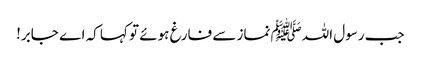
جب رسول اللہﷺ نماز سے فارغ ہوئے تو کہا کہ اے جابر!